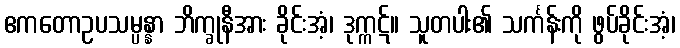
ဧကတောဥပသမ္ပန္နာ ဘိက္ခုနီအား ခိုင်းအံ့၊ ဒုက္ကဋ်။ သူတပါး၏ သင်္ကန်းကို ဖွပ်ခိုင်းအံ့၊